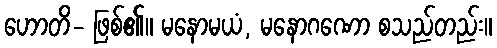
ဟောတိ- ဖြစ်၏။ မနောမယံ, မနောဂဏော စသည်တည်း။